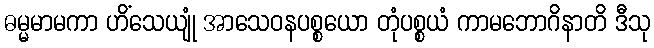
ဓမ္မမာမကာ ဟိံသေယျုံ အာသေဝနပစ္စယော တုံပစ္စယံ ကာမဘောဂိနာတိ ဒီသု